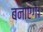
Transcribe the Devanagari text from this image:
बनाएगें।